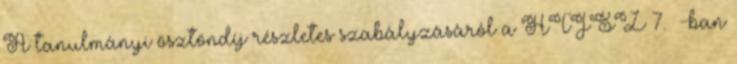
A tanulmányi ösztöndíj részletes szabályzásáról a HTJSZ 7. §-ban